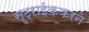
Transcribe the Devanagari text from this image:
स्ट्राईककरने